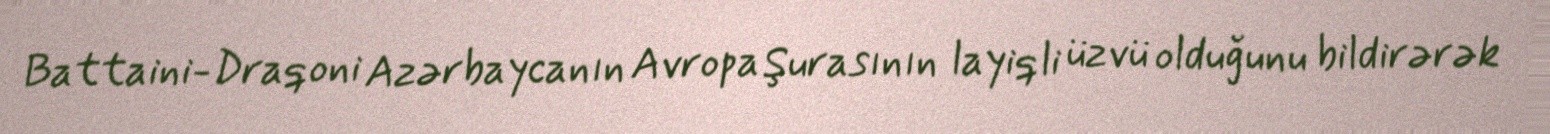
Battaini-Draqoni Azərbaycanın Avropa Şurasının layiqli üzvü olduğunu bildirərək